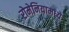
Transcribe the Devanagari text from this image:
रोमेनियामध्ये